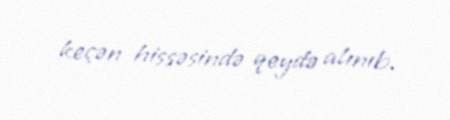
keçən hissəsində qeydə alınıb.